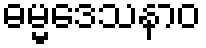
ဓမ္မဒေသနာဝ